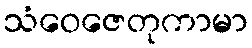
သံဝေဇေတုကာမာ